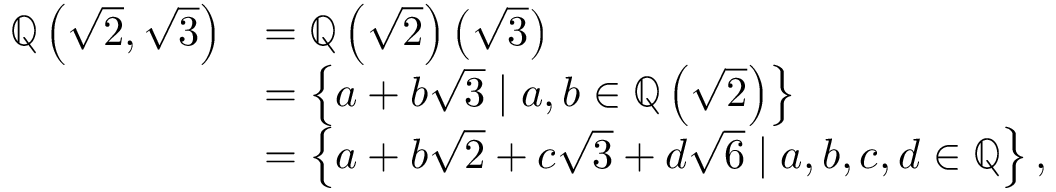
{ \begin{array} { r l } { \mathbb { Q } \left( { \sqrt { 2 } } , { \sqrt { 3 } } \right) } & { = \mathbb { Q } \left( { \sqrt { 2 } } \right) \left( { \sqrt { 3 } } \right) } \\ & { = \left\{ a + b { \sqrt { 3 } } \mid a , b \in \mathbb { Q } \left( { \sqrt { 2 } } \right) \right\} } \\ & { = \left\{ a + b { \sqrt { 2 } } + c { \sqrt { 3 } } + d { \sqrt { 6 } } \mid a , b , c , d \in \mathbb { Q } \right\} , } \end{array} }